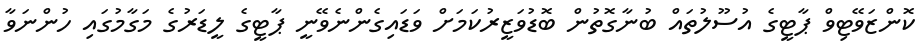
ކޮންޒަވޭޓިވް ޕާޓީގެ އުސޫލުތައް ބުނާގޮތުން ބޮޑުވަޒީރުކަމަށް ވަޑައިގެންނެވޭނީ ޕާޓީގެ ލީޑަރުގެ މަގާމުގައި ހުންނަވާ